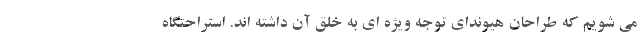
می شویم که طراحان هیوندای توجه ویژه ای به خلق آن داشته اند. استراحتگاه